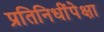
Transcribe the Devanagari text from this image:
प्रतिनिधींपेक्षा